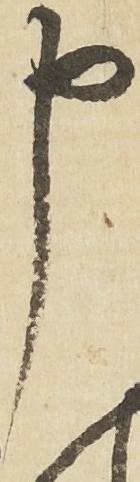
申